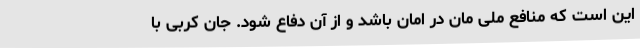
این است که منافع ملی مان در امان باشد و از آن دفاع شود. جان کربی با